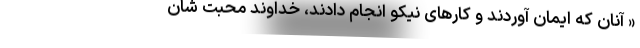
« آنان که ایمان آوردند و کارهای نیکو انجام دادند، خداوند محبت شان